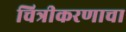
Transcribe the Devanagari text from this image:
चित्रीकरणाचा